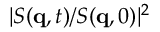
| S ( \mathbf { q } , t ) / S ( \mathbf { q } , 0 ) | ^ { 2 }